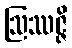
ဩဿဇ္ဇိ